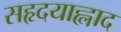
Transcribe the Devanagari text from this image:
सहृदयाह्लाद